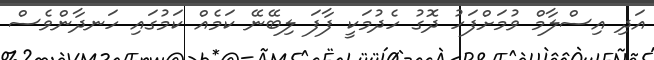
އަދި އިސްލާމް ވުމަށްފަހު ދޮގު ހެދުމަކީ ފާފަ ލިބޭނޭ ކަމެއް ކަމުގައި ހަނދާންވެސް